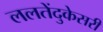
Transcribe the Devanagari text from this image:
ललतेंदुकेसरी